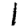
Digit: 1